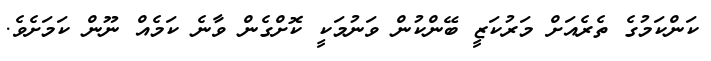
ކަންކަމުގެ ތެރެއަށް މަރުކަޒީ ބޭންކުން ވަނުމަކީ ކޮށްގެން ވާނެ ކަމެއް ނޫން ކަމަށެވެ.